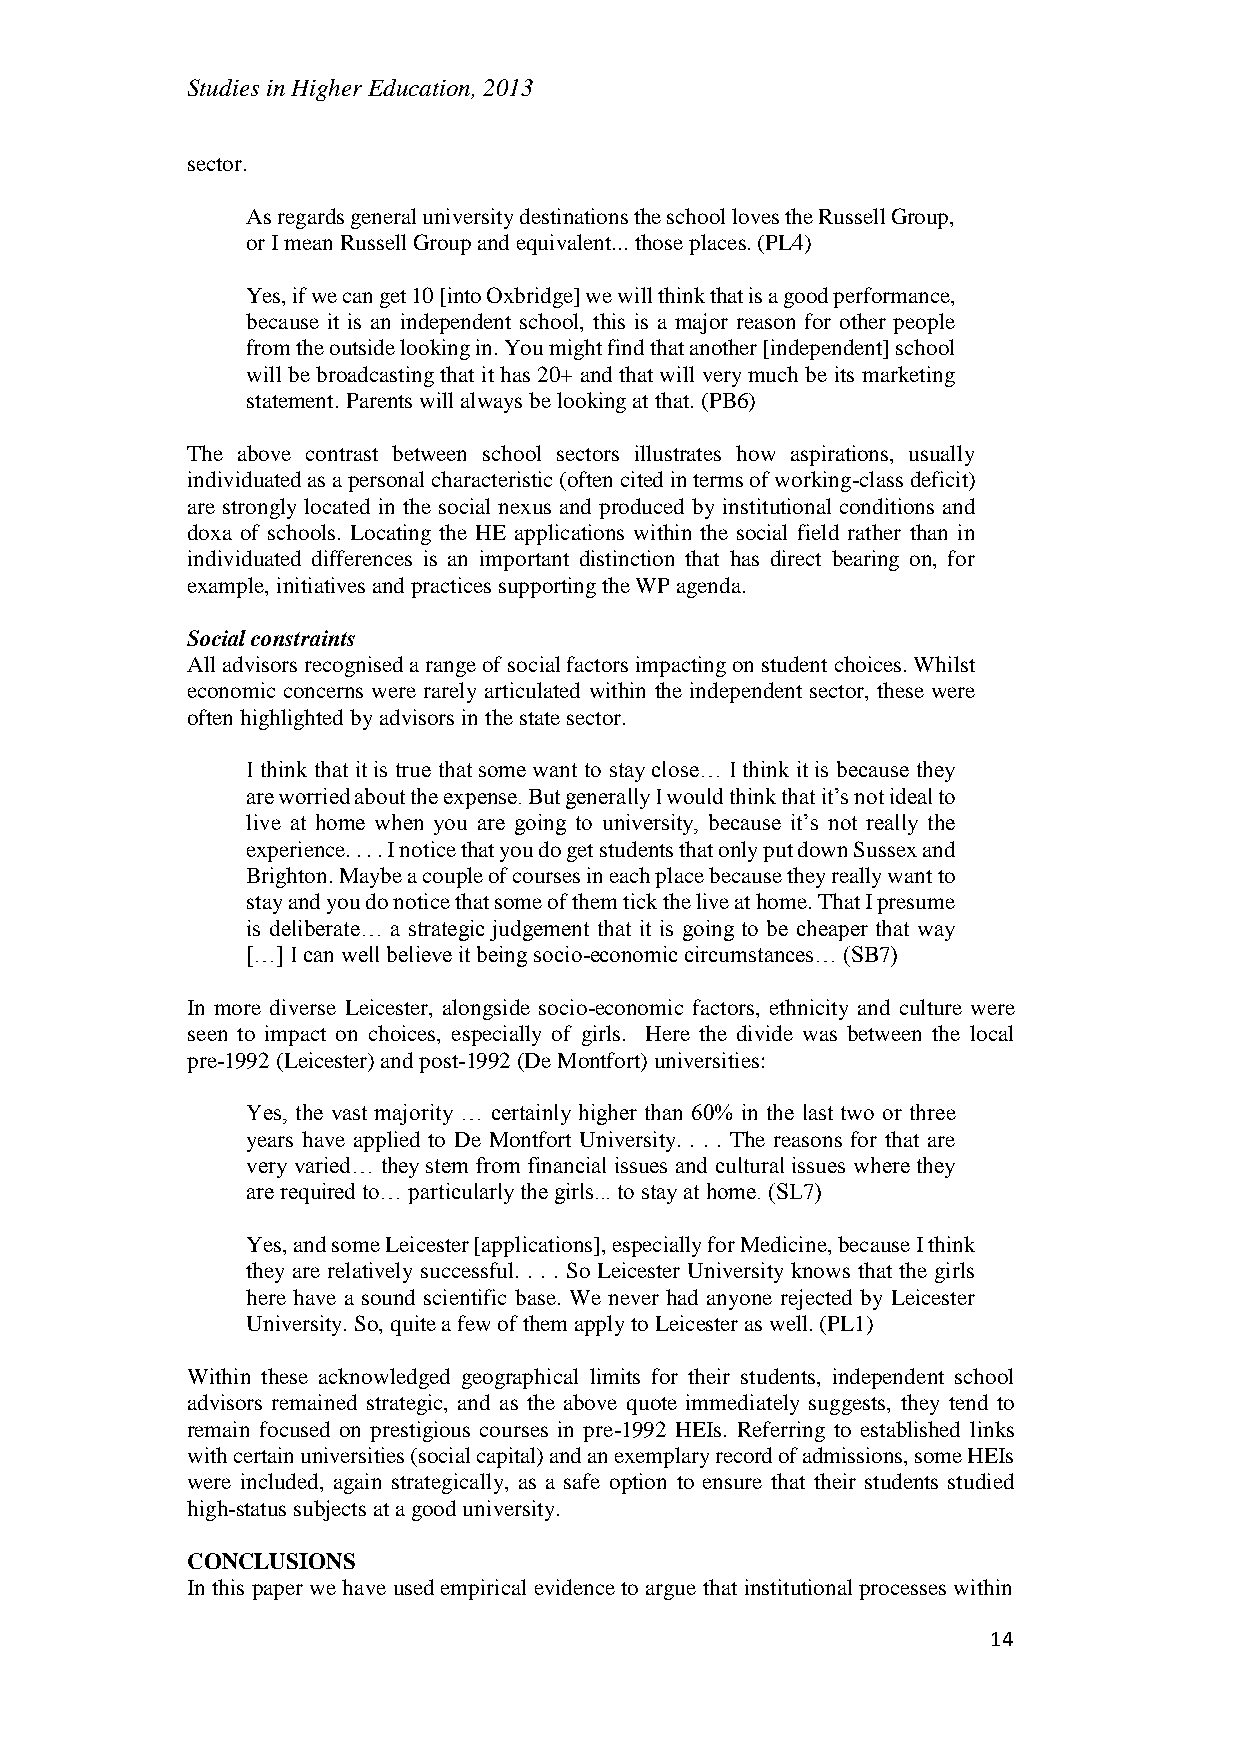
Studies in Higher Education, 2013
 sector.
 As regards general university destinations the school loves the Russell Group,
 or I mean Russell Group and equivalent... those places. (PL4)
 Yes, if we can get 10 [into Oxbridge] we will think that is a good performance,
 because it is an independent school, this is a major reason for other people
 from the outside looking in. You might find that another [independent] school
 will be broadcasting that it has 20+ and that will very much be its marketing
 statement. Parents will always be looking at that. (PB6)
 The above contrast between school sectors illustrates how aspirations, usually
 individuated as a personal characteristic (often cited in terms of working-class deficit)
 are strongly located in the social nexus and produced by institutional conditions and
 doxa of schools. Locating the HE applications within the social field rather than in
 individuated differences is an important distinction that has direct bearing on, for
 example, initiatives and practices supporting the WP agenda.
 Social constraints
 All advisors recognised a range of social factors impacting on student choices. Whilst
 economic concerns were rarely articulated within the independent sector, these were
 often highlighted by advisors in the state sector.
 I think that it is true that some want to stay close… I think it is because they
 are worried about the expense. But generally I would think that it’s not ideal to
 live at home when you are going to university, because it’s not really the
 experience. . . . I notice that you do get students that only put down Sussex and
 Brighton. Maybe a couple of courses in each place because they really want to
 stay and you do notice that some of them tick the live at home. That I presume
 is deliberate… a strategic judgement that it is going to be cheaper that way
 […] I can well believe it being socio-economic circumstances… (SB7)
 In more diverse Leicester, alongside socio-economic factors, ethnicity and culture were
 seen to impact on choices, especially of girls. Here the divide was between the local
 pre-1992 (Leicester) and post-1992 (De Montfort) universities:
 Yes, the vast majority … certainly higher than 60% in the last two or three
 years have applied to De Montfort University. . . . The reasons for that are
 very varied… they stem from financial issues and cultural issues where they
 are required to… particularly the girls... to stay at home. (SL7)
 Yes, and some Leicester [applications], especially for Medicine, because I think
 they are relatively successful. . . . So Leicester University knows that the girls
 here have a sound scientific base. We never had anyone rejected by Leicester
 University. So, quite a few of them apply to Leicester as well. (PL1)
 Within these acknowledged geographical limits for their students, independent school
 advisors remained strategic, and as the above quote immediately suggests, they tend to
 remain focused on prestigious courses in pre-1992 HEIs. Referring to established links
 with certain universities (social capital) and an exemplary record of admissions, some HEIs
 were included, again strategically, as a safe option to ensure that their students studied
 high-status subjects at a good university.
 CONCLUSIONS
 In this paper we have used empirical evidence to argue that institutional processes within
 14